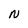
Character: N